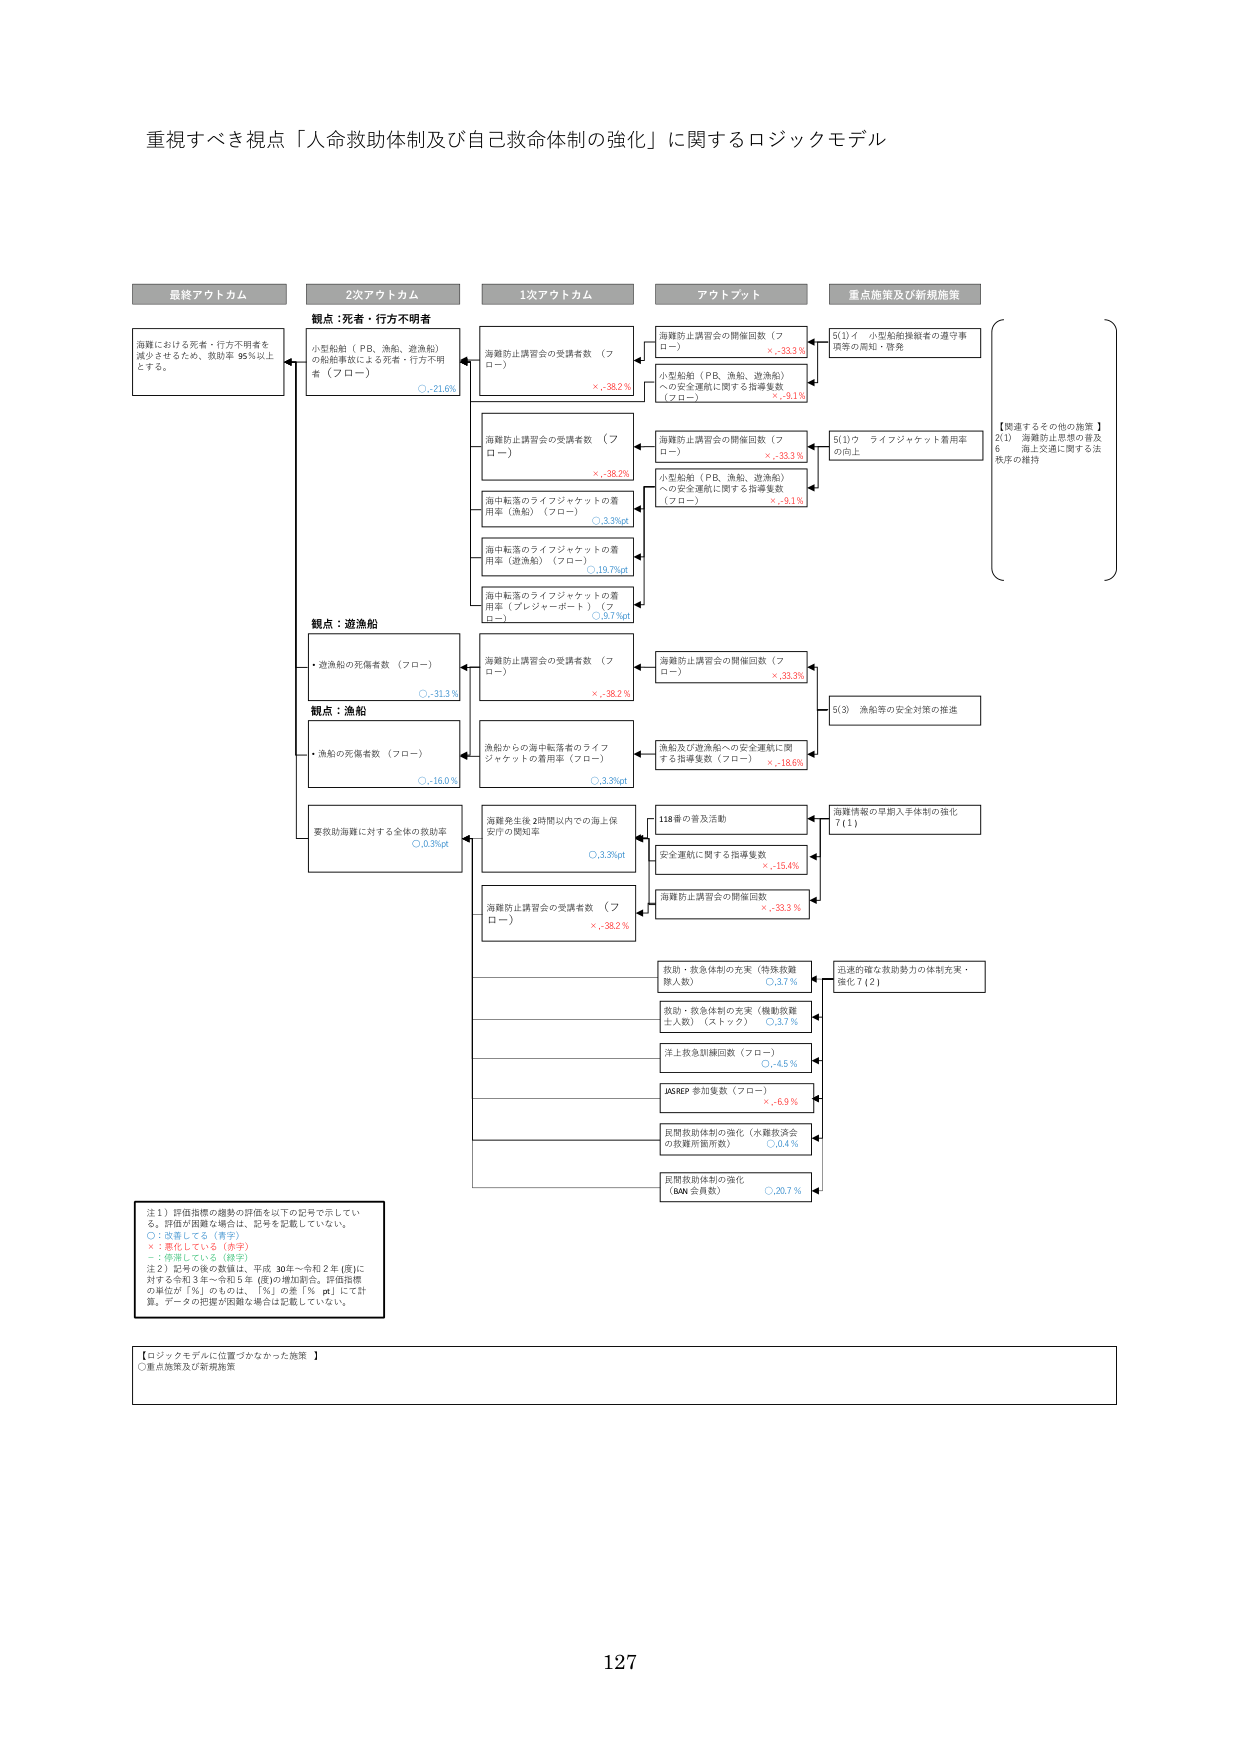
重視すべき視点「人命救助体制及び自己救命体制の強化」に関するロジックモデル

最終アウトカム
海難における死者・行方不明者を
減少させるため、救助率 95％以上
とする。

2次アウトカム
観点：死者・行方不明者
小型船舶（PB、漁船、遊漁船）
の船舶事故による死者・行方不明
者（フロー）
○ -21.6%

観点：遊漁船
・遊漁船の死傷者数（フロー）
○ -31.3%

観点：漁船
・漁船の死傷者数（フロー）
○ -16.0%

要救助海難に対する全体の救助率
○ 0.3%pt

1次アウトカム
海難防止講習会の受講者数（フロー）
× -38.2%

海難防止講習会の受講者数（フロー）
× -38.2%

海中転落のライフジャケットの着
用率（漁船）（フロー）
○ 3.3%pt

海中転落のライフジャケットの着
用率（遊漁船）（フロー）
○ 19.7%pt

海中転落のライフジャケットの着
用率（プレジャーボート）（フロー）
○ 9.7%pt

海難防止講習会の受講者数（フロー）
× -38.2%

漁船からの海中転落者のライフ
ジャケットの着用率（フロー）
○ 3.3%pt

海難発生後2時間以内での海上保
安庁の関知率
○ 3.3%pt

海難防止講習会の受講者数（フロー）
× -38.2%

アウトプット
海難防止講習会の開催回数（フロー）
× -33.3%

小型船舶（PB、漁船、遊漁船）
への安全運航に関する指導隻数
（フロー）
× -3.1%

海難防止講習会の開催回数（フロー）
× -33.3%

小型船舶（PB、漁船、遊漁船）
への安全運航に関する指導隻数
（フロー）
× -9.1%

海難防止講習会の開催回数（フロー）
× -33.3%

漁船及び遊漁船への安全運航に関
する指導隻数（フロー）
× -18.6%

118番の普及活動

安全運航に関する指導隻数
× -15.4%

海難防止講習会の開催回数
× -33.3%

救助・救急体制の充実（特殊救難
隊人数）
○ 3.7%

救助・救急体制の充実（機動救難
士人数）（ストック）
○ 3.7%

洋上救急訓練回数（フロー）
○ -4.5%

JASREP 参加隻数（フロー）
× -6.9%

民間救助体制の強化（水難救済会
の救難所員所数）
○ 0.4%

民間救助体制の強化
（BAN 会員数）
○ 20.7%

重点施策及び新規施策
5(1)イ 小型船舶操縦者の遵守事
項等の周知・啓発

5(1)ウ ライフジャケット着用率
の向上

5(3) 漁船等の安全対策の推進

海難情報の早期入手体制の強化
7(1)

迅速的確な救助努力の体制充実・
強化 7(2)

【関連するその他の施策】
2(1) 海難防止思想の普及
6 海上交通に関する法
秩序の維持

注1）評価指標の趨勢の評価を以下の記号で示してい
る。評価が困難な場合は、記号を記載していない。
○：改善している（青字）
×：悪化している（赤字）
－：停滞している（緑字）
注2）記号の後の数値は、平成30年～令和2年（度）に
対する令和3年～令和5年（度）の増加割合。評価指標
の単位が「％」のものは、「％」の差「％pt」にて計
算。データの把握が困難な場合は記載していない。

【ロジックモデルに位置づけなかった施策】
○重点施策及び新規施策

127